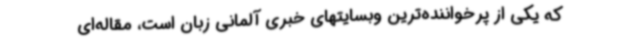
که یکی از پرخواننده‌ترین وبسایتهای خبری آلمانی زبان است، مقاله‌ای